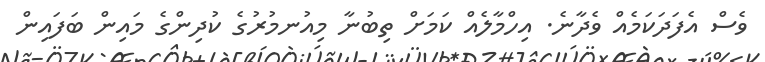
ވެސް އެފަދަކަމެއް ވެދާނެ. އިހްމާލެއް ކަމަށް ތިބުނާ މިއުނމުރުގެ ކުދިންގެ މައިން ބަފައިން